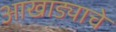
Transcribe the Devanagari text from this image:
आखाड्याचे